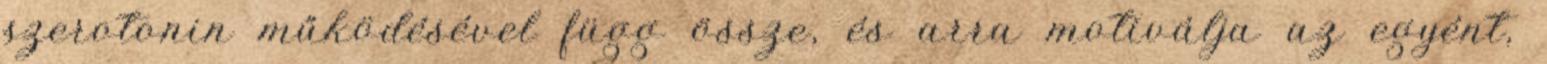
szerotonin működésével függ össze, és arra motiválja az egyént,